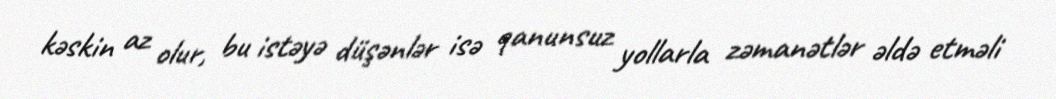
kəskin az olur, bu istəyə düşənlər isə qanunsuz yollarla zəmanətlər əldə etməli